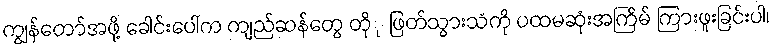
ကျွန်တော်အဖို့ ခေါင်းပေါ်က ကျည်ဆန်တွေ တိုု ဖြတ်သွားသံကို ပထမဆုံးအကြိမ် ကြားဖူးခြင်းပါ၊